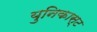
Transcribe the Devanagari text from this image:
युनिकास्ट